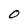
Character: 0